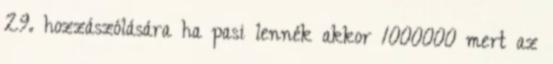
29. hozzászólására ha pasi lennék akkor 1000000 mert az